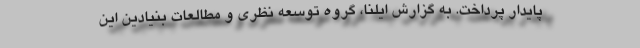
پایدار پرداخت. به گزارش ایلنا، گروه توسعه نظری و مطالعات بنیادین این